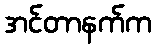
အင်တာနက်က